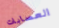
العصابات